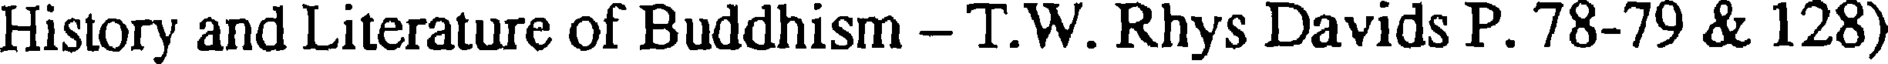
History and Literature of Buddhism - T.W. Rhys Davids P. 78-79 & 128)